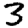
Digit: 3